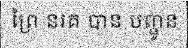
ព្រៃ នរគ បាន បញ្ជូន